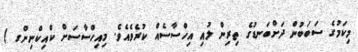
މިކަމުގެ ސަބަބުން ދަށްބަނޑުގެ ތިރިން ލުއި އިހްސާސެއް ކުރެވެއެވެ. މިއިހްސާސަށް ކްއިކްނިންގ )